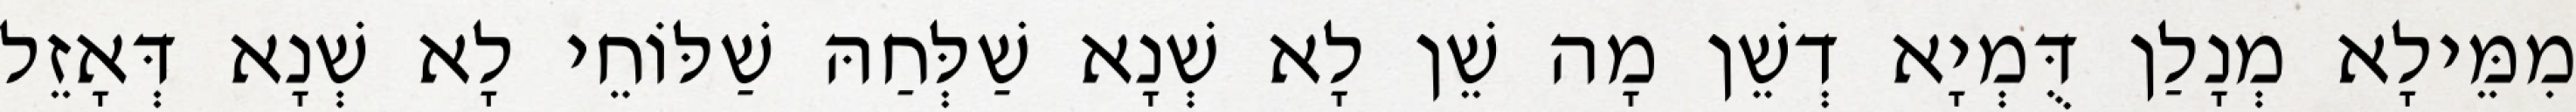
מִמֵּילָא מְנָלַן דֻּמְיָא דְשֵׁן מָה שֵׁן לָא שְׁנָא שַׁלְּחַהּ שַׁלּוֹחֵי לָא שְׁנָא דְּאָזֵל